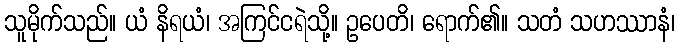
သူမိုက်သည်။ ယံ နိရယံ၊ အကြင်ငရဲသို့။ ဥပေတိ၊ ရောက်၏။ သတံ သဟဿာနံ၊